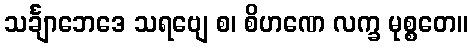
သင်္ချာဘေဒေ သရဗျေ စ၊ စိဟဏေ လက္ခ မုစ္စတေ။